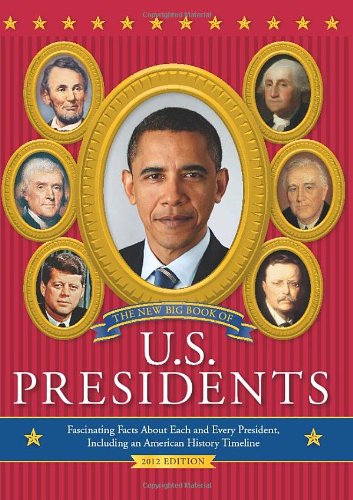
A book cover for The New Big Book of U.S. Presidents: Fascinating Facts about Each and Every President, Including an American History Timeline; Todd Davis; Children's Books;